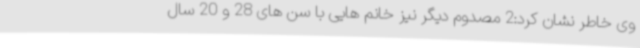
وی خاطر نشان کرد:2 مصدوم دیگر نیز خانم هایی با سن های 28 و 20 سال